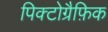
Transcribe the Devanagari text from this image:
पिक्टोग्रैफ़िक